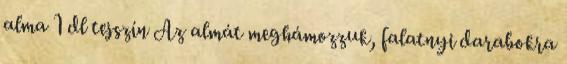
alma 1 dl tejszín Az almát meghámozzuk, falatnyi darabokra